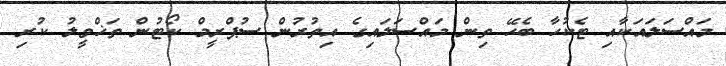
މައްސަލައަކާއި ޓެކުހާ ބެހޭ ތިން މައްސަލައިގެ އިތުރުން ސުޕްރީމް ކޯޓުން ތަޚްވީލު ކުރި